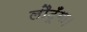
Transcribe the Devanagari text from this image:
लौटूँगा।